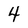
Character: 4